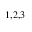
^ { 1 , 2 , 3 }